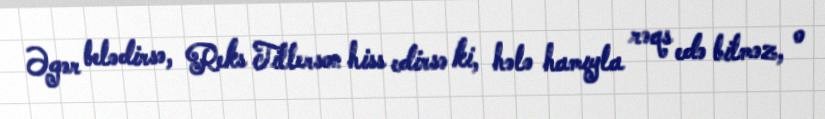
Əgər belədirsə, Reks Tillerson hiss edirsə ki, hələ hamıyla rəqs edə bilməz, o